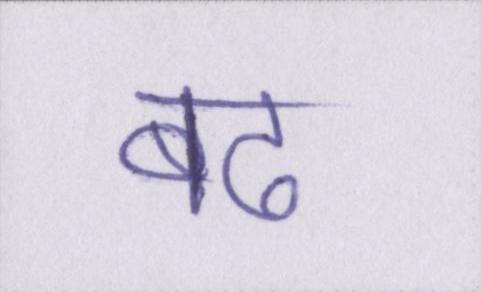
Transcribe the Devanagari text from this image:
बढ